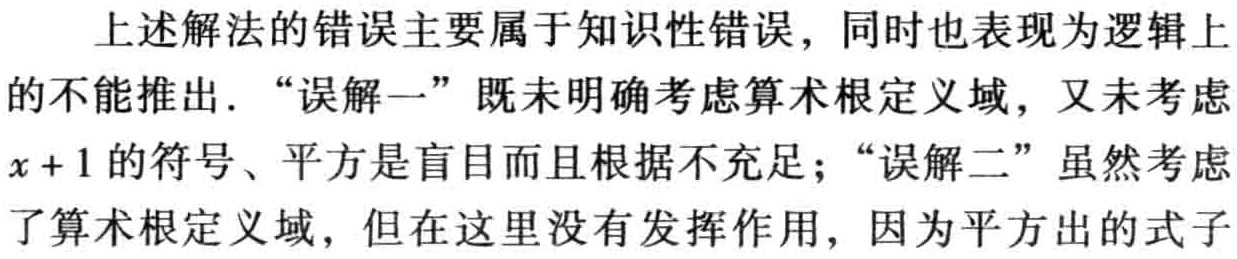
上述解法的错误主要属于知识性错误，同时也表现为逻辑上的不能推出．“误解一”既未明确考虑算术根定义域，又未考虑\(x + 1\)的符号、平方是盲目而且根据不充足；“误解二”虽然考虑了算术根定义域，但在这里没有发挥作用，因为平方出的式子